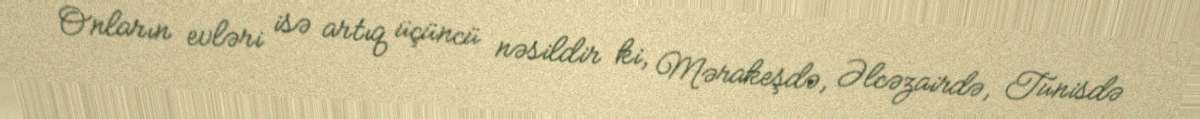
Onların evləri isə artıq üçüncü nəsildir ki, Mərakeşdə, Əlcəzairdə, Tunisdə